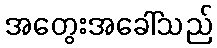
အတွေးအခေါ်သည်